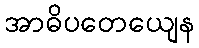
အာဓိပတေယျေန